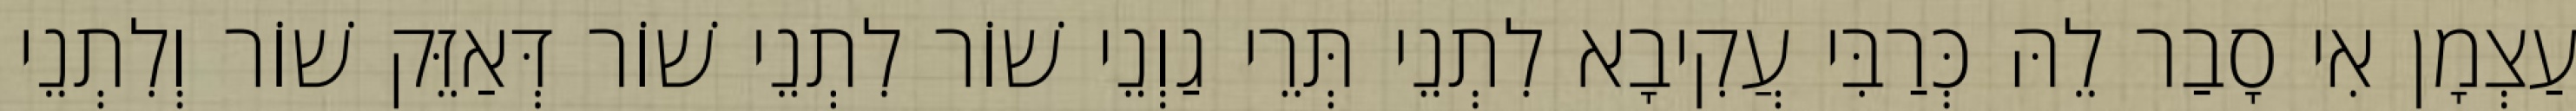
עַצְמָן אִי סָבַר לֵהּ כְּרַבִּי עֲקִיבָא לִתְנֵי תְּרֵי גַוְנֵי שׁוֹר לִתְנֵי שׁוֹר דְּאַזֵּק שׁוֹר וְלִתְנֵי